Vaccination report Assam 1896-1927 - 1896-1927
Year: 1896
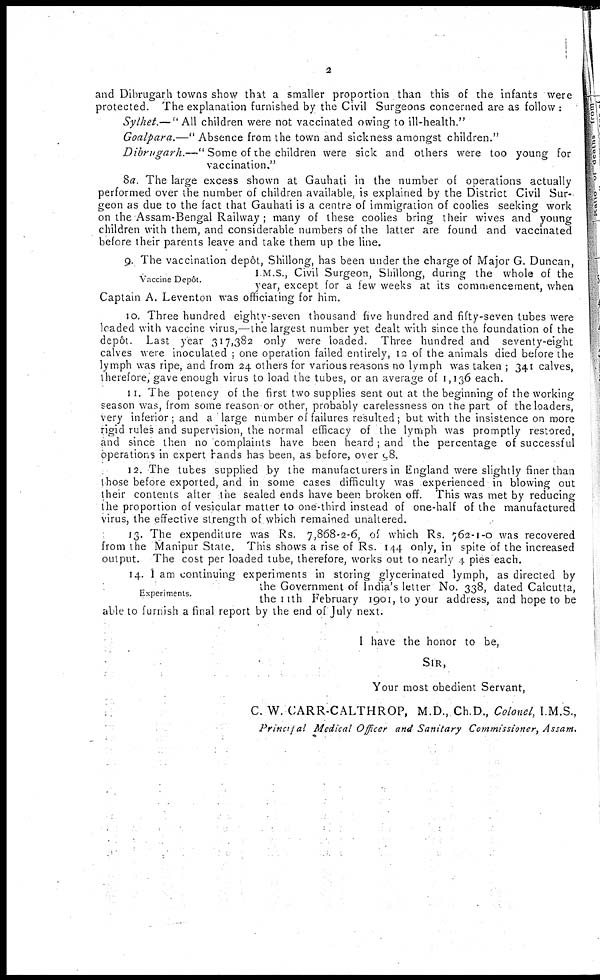
2
and Dibrugarh towns show that a smaller proportion than this of the infants were
protected. The explanation furnished by the Civil Surgeons concerned are as follow :
Sylhet.—"All children were not vaccinated owing to ill-health."
Goalpara.—" Absence from the town and sickness amongst children."
Dibrugarh.—" Some of the children were sick and others were too young for
vaccination."
8a. The large excess shown at Gauhati in the number of operations actually
performed over the number of children available, is explained by the District Civil Sur-
geon as due to the fact that Gauhati is a centre of immigration of coolies seeking work
on the Assam-Bengal Railway ; many of these coolies bring their wives and young
children with them, and considerable numbers of the latter are found and vaccinated
before their parents leave and take them up the line.
Vaccine Depôt.
9. The vaccination depôt, Shillong, has been under the charge of Major G. Duncan,
I M.S., Civil Surgeon, Shillong, during the whole of the
year, except for a few weeks at its commencement, when
Captain A. Leventon was officiating for him.
10. Three hundred eighty-seven thousand five hundred and fifty-seven tubes were
loaded with vaccine virus,—the largest number yet dealt with since the foundation of the
depôt. Last year 317,382 only were loaded. Three hundred and seventy-eight
calves were inoculated ; one operation failed entirely, 12 of the animals died before the
lymph was ripe, and from 24 others for various reasons no lymph was taken ; 341 calves,
therefore, gave enough virus to load the tubes, or an average of 1,136 each.
11. The potency of the first two supplies sent out at the beginning of the working
season was, from some reason or other, probably carelessness on the part of the loaders,
very inferior; and a large number of failures resulted; but with the insistence on more
rigid rules and supervision, the normal efficacy of the lymph was promptly restored,
and since then no complaints have been heard; and the percentage of successful
operations in expert hands has been, as before, over 98.
12. The tubes supplied by the manufacturers in England were slightly finer than
those before exported, and in some cases difficulty was experienced in blowing out
their contents after the sealed ends have been broken off. This was met by reducing
the proportion of vesicular matter to one-third instead of one-half of the manufactured
virus, the effective strength of which remained unaltered.
13. The expenditure was Rs. 7,868-2-6, of which Rs. 762-1-0 was recovered
from the Manipur State. This shows a rise of Rs. 144 only, in spite of the increased
output. The cost per loaded tube, therefore, works out to nearly 4 piès each.
Experiments.
14. I am continuing experiments in storing glycerinated lymph, as directed by
the Government of India's letter No. 338, dated Calcutta,
the 11th February 1901, to your address, and hope to be
able to furnish a final report by the end of July next.
I have the honor to be,
SIR,
Your most obedient Servant,
C. W. CARR-CALTHROP, M.D., Ch.D., Colonel, I.M.S.,
Principal Medical Officer and Sanitary Commissioner, Assam.